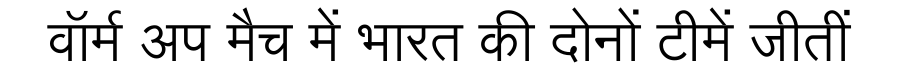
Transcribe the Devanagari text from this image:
वॉर्म अप मैच में भारत की दोनों टीमें जीतीं